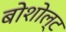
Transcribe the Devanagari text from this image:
बोशोल्ट